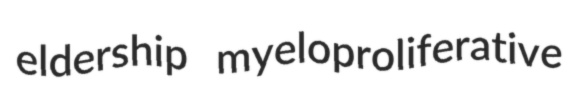
eldership myeloproliferative